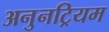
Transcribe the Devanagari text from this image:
अनुनट्रियम